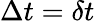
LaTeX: \Delta t=\delta t